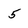
Character: 5